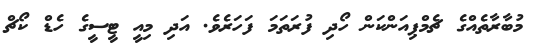
މުބާރާތެއްގެ ޗެމްޕިއަންކަން ހޯދި ފުރަތަމަ ފަހަރެވެ. އަދި މިއީ ޓީސީގެ ހެޑް ކޯޗް